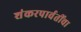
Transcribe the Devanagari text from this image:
शंकरपार्वतींचा